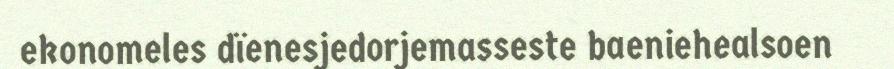
ekonomeles dïenesjedorjemasseste baeniehealsoen